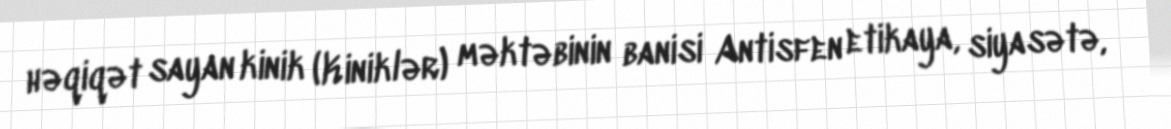
həqiqət sayan kinik (Kiniklər) məktəbinin banisi Antisfen etikaya, siyasətə,